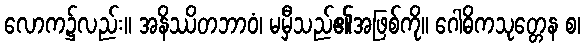
လောက၌လည်း။ အနိဿိတဘာဝံ၊ မမှီသည်၏အဖြစ်ကို။ ဂေါဓိကသုတ္တေန စ၊